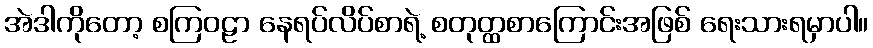
အဲဒါကိုတော့ စကြဝဠာ နေရပ်လိပ်စာရဲ့ စတုတ္ထစာကြောင်းအဖြစ် ရေးသားရမှာပါ။